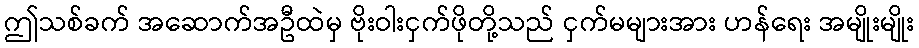
ဤသစ်ခက် အဆောက်အဦထဲမှ ဗိုးဝါးငှက်ဖိုတို့သည် ငှက်မများအား ဟန်ရေး အမျိုးမျိုး